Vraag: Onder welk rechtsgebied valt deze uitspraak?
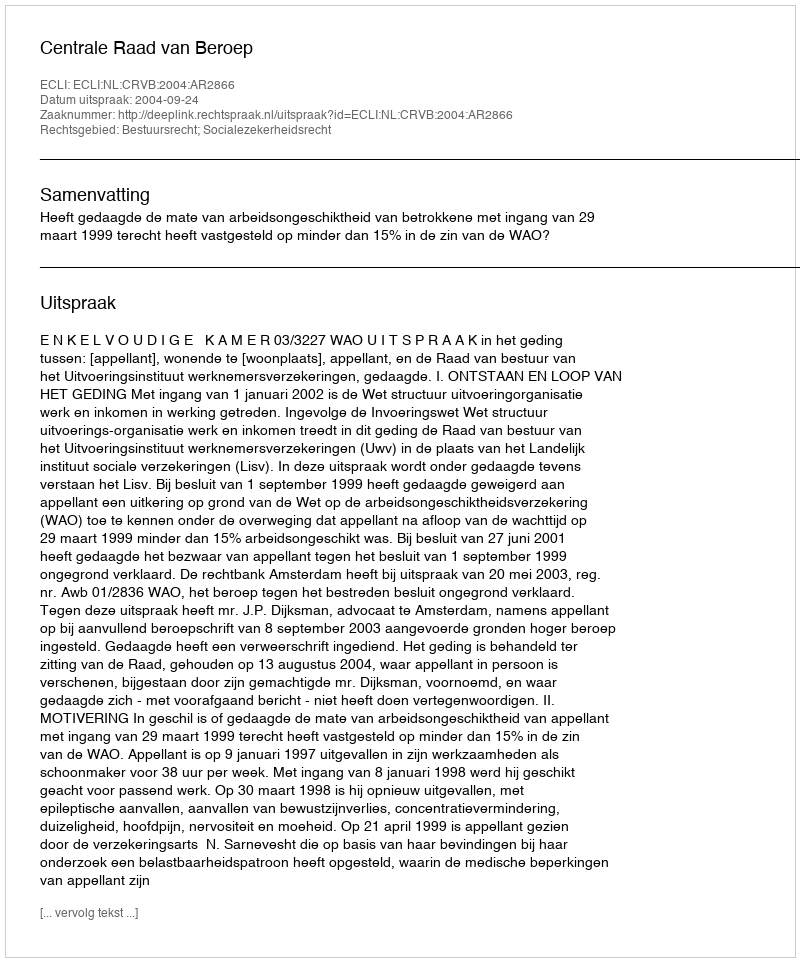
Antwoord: Bestuursrecht; Socialezekerheidsrecht